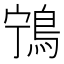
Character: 𬷌